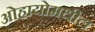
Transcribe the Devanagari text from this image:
ओहायोमधील